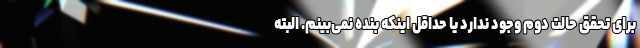
برای تحقق حالت دوم وجود ندارد یا حداقل اینکه بنده نمی‌بینم. البته